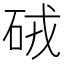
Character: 𥑳